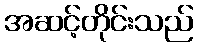
အဆင့်တိုင်းသည်